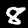
Digit: 8